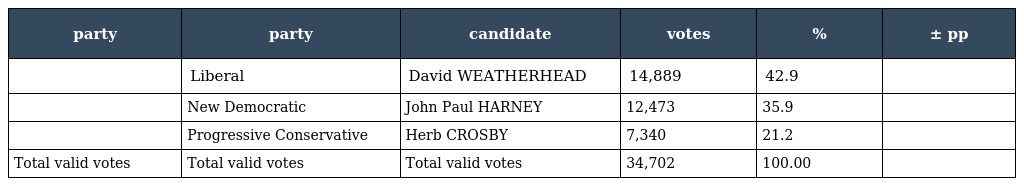
| party | party | candidate | votes | % | ± pp |
 | --- | --- | --- | --- | --- | --- |
 |  | Liberal | David WEATHERHEAD | 14,889 | 42.9 |  |
 |  | New Democratic | John Paul HARNEY | 12,473 | 35.9 |  |
 |  | Progressive Conservative | Herb CROSBY | 7,340 | 21.2 |  |
 | Total valid votes | Total valid votes | Total valid votes | 34,702 | 100.00 |  |